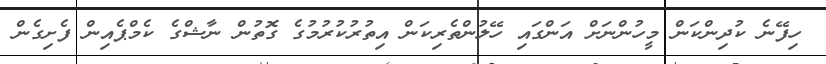
ހިފޭނެ ކުދިންކަން މީހުންނަށް އަންގައި ހޭލުންތެރިކަން އިތުރުކުރުމުގެ ގޮތުން ނާޝްގެ ކެމްޕެއިން ފެށިގެން